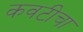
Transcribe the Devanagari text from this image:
कवटीचा